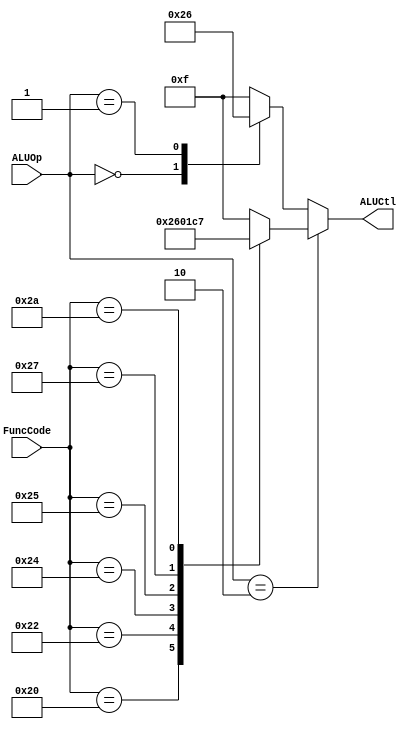
module ALUControl(ALUOp, FuncCode, ALUCtl);
input [1:0] ALUOp;
input [5:0] FuncCode;
output reg [3:0] ALUCtl;
always @(ALUOp, FuncCode) begin
    if ( ALUOp == 2 )
        case (FuncCode)
            32: ALUCtl<=2; // add
            34: ALUCtl<=6; //subtract
            36: ALUCtl<=0; // and
            37: ALUCtl<=1; // or
            39: ALUCtl<=12; // nor
            42: ALUCtl<=7; // slt
            default: ALUCtl<=15; // should not happen
        endcase
    else
        case (ALUOp)
            0:  ALUCtl<=2;
            1: ALUCtl<=6;
            default: ALUCtl<=15; // should not happen
        endcase
end
endmodule